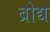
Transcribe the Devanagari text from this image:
ब्रोद्य